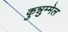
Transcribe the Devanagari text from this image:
कुन्नुम्मेल